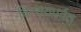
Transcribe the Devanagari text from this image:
विन्धयपर्वत